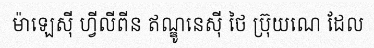
ម៉ាឡេស៊ី ហ្វីលីពីន ឥណ្ឌូនេស៊ី ថៃ ប្រ៊ុយណេ ដែល